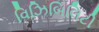
વિઝિબિલિટી